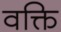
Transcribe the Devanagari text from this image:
वक्ति